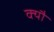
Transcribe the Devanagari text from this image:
क्यौ